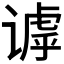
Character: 𬤙